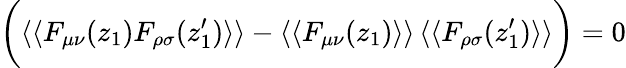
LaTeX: \bigg(\langle\langle F_{\mu\nu}(z_{1})F_{\rho\sigma}(z_{1}^{\prime})\rangle\rangle-\langle\langle F_{\mu\nu}(z_{1})\rangle\rangle\, \langle\langle F_{\rho\sigma}(z_{1}^{\prime})\rangle\rangle\bigg)=0